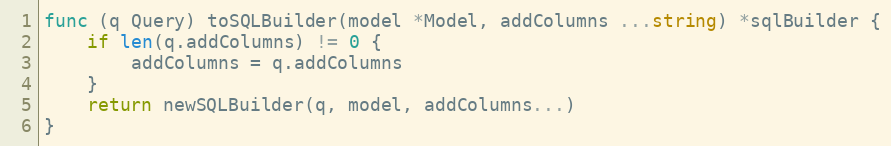
Language: Go
func (q Query) toSQLBuilder(model *Model, addColumns ...string) *sqlBuilder {
	if len(q.addColumns) != 0 {
		addColumns = q.addColumns
	}
	return newSQLBuilder(q, model, addColumns...)
}